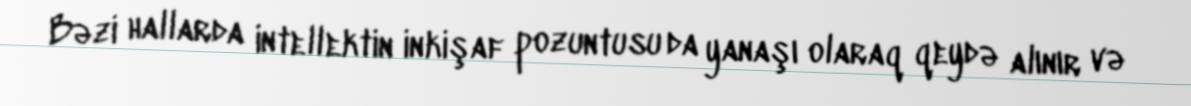
Bəzi hallarda intellektin inkişaf pozuntusu da yanaşı olaraq qeydə alınır və